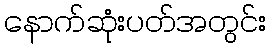
နောက်ဆုံးပတ်အတွင်း